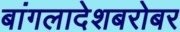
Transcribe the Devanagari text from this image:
बांगलादेशबरोबर